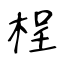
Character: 桯